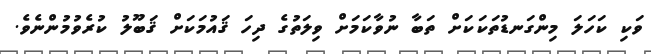
ވަކި ކަހަލަ މިންގަނޑުތަކަކަށް ތަބާ ނުވާކަމަށް ވިލަތުގެ ދިހަ ޤައުމަކަށް ޤަބޫލު ކުރެވުމުންނެވެ.